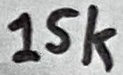
Text: 15k